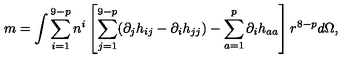
m = \int \sum _ { i = 1 } ^ { 9 - p } n ^ { i } \left[ \sum _ { j = 1 } ^ { 9 - p } ( \partial _ { j } h _ { i j } - \partial _ { i } h _ { j j } ) - \sum _ { a = 1 } ^ { p } \partial _ { i } h _ { a a } \right] r ^ { 8 - p } d \Omega ,